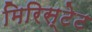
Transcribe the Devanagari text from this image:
मिरिस्टेट